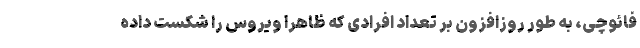
فائوچی، به طور روزافزون بر تعداد افرادی که ظاهرا ویروس را شکست داده